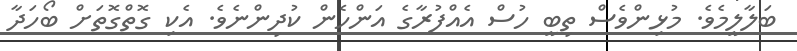
ބަލާލީމެވެ. މުޅިންވެސް ތިބީ ހުސް އެއްފުރާގެ އަންހެން ކުދިންނެވެ. އެކި ގޮތްގޮތަށް ބޯހަދާ